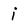
Character: i